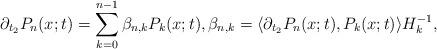
LaTeX: \begin{align*}\partial_{t_2}P_n(x;t)=\sum_{k=0}^{n-1}\beta_{n,k}P_k(x;t),\beta_{n,k}=\langle \partial_{t_2}P_n(x;t),P_k(x;t)\rangle H_k^{-1},\end{align*}